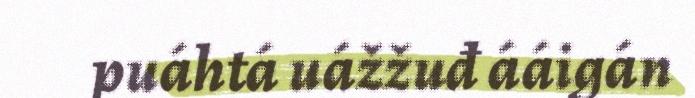
puáhtá uážžuđ ááigán